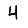
Digit: 4